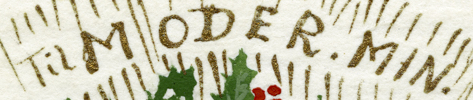
MODER.MIN